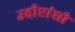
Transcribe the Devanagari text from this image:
उद्दीष्टांशी